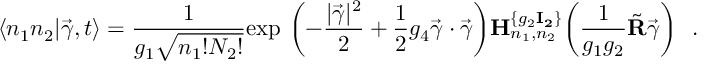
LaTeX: \langle n _ { 1 } n _ { 2 } | \vec { \gamma } , t \rangle = { \frac { 1 } { g _ { 1 } \sqrt { n _ { 1 } ! N _ { 2 } ! } } } \mathrm { e x p } \ \biggl ( - { \frac { | \vec { \gamma } | ^ { 2 } } { 2 } } + { \frac { 1 } { 2 } } g _ { 4 } \vec { \gamma } \cdot \vec { \gamma } \biggr ) { \bf H } _ { n _ { 1 } , n _ { 2 } } ^ { \{ g _ { 2 } { \bf I _ { 2 } } \} } \biggl ( { \frac { 1 } { g _ { 1 } g _ { 2 } } } \tilde { \bf R } \vec { \gamma } \biggr ) \ \ .